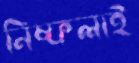
নিষ্ফলাই